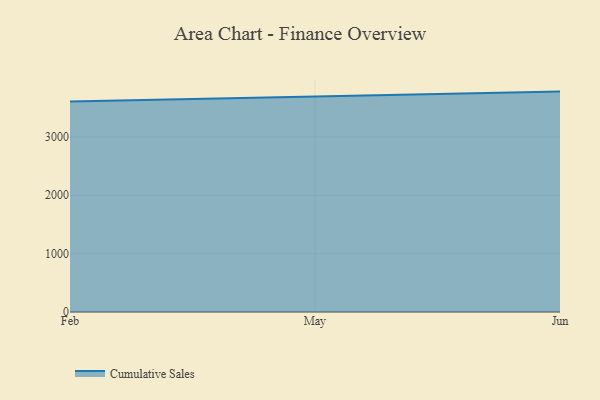
{"axis": {"x": "Month", "y": "LTV (USD)"}, "legend": ["Cumulative Sales"], "data": [{"x": "Feb", "y": 3608.1, "type": "Cumulative Sales"}, {"x": "May", "y": 3687.1, "type": "Cumulative Sales"}, {"x": "Jun", "y": 3776.9, "type": "Cumulative Sales"}]}